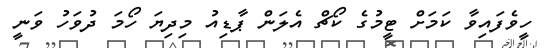
ހީވެފައިވާ ކަމަށް ޓީމުގެ ކޯޗް އެލަން ޕާޑިއު މިދިޔަ ހޯމަ ދުވަހު ވަނީ